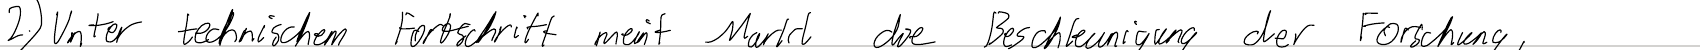
2.) Unter technischen Fortschritt meint Markl die Beschleunigung der Forschung,